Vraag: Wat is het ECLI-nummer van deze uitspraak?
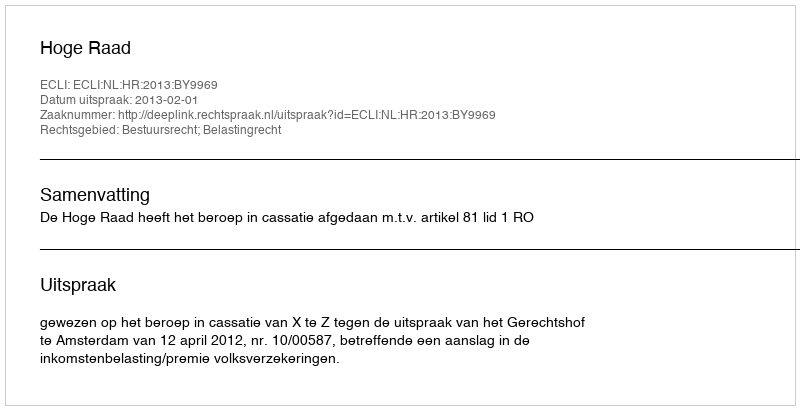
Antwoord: ECLI:NL:HR:2013:BY9969